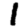
Digit: 1